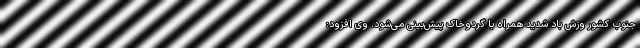
جنوب کشور وزش باد شدید همراه با گردوخاک پیش‌بینی می‌‌شود. وی افزود: